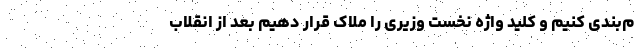
م‌بندی کنیم و کلید واژه نخست وزیری را ملاک قرار دهیم بعد از انقلاب